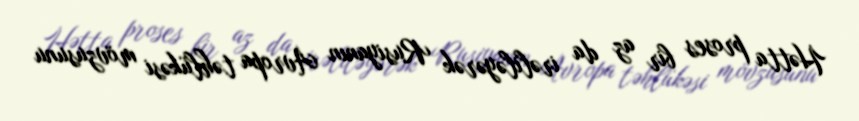
Hətta proses bir az da irəliləyərək Rusiyanın Avropa təhlükəsi mövzusunu